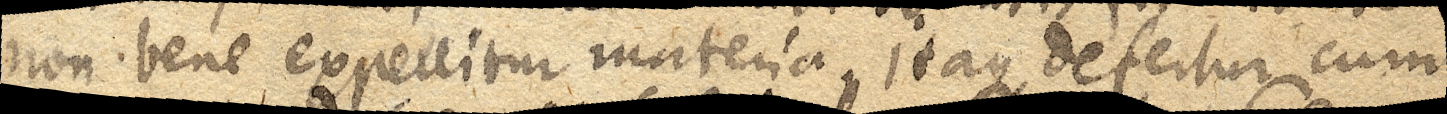
non bene expellitur materia, itaque defertur cum